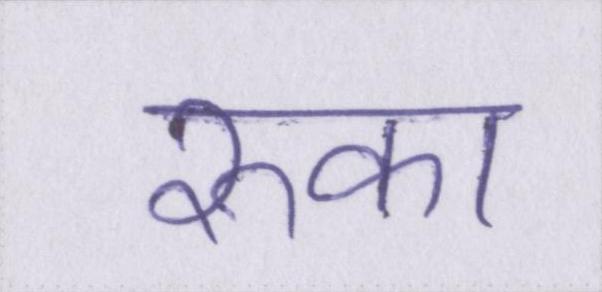
रुका